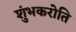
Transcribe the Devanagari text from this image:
शुंभकरोति